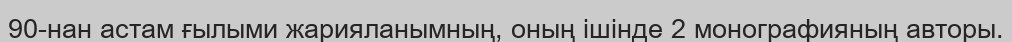
90-нан астам ғылыми жарияланымның, оның ішінде 2 монографияның авторы.